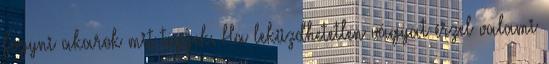
Fogyni akarok mit tegyek. Ha leküzdhetetlen vágyat érzel valami